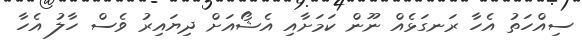
ސިއްހަތު އެހާ ރަނގަޅެއް ނޫން ކަމަށާއި އެޝޯއަށް ދިޔައިރު ވެސް ހާލު އެހާ